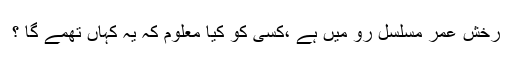
رخش عمر مسلسل رو میں ہے ،کسی کو کیا معلوم کہ یہ کہاں تھمے گا ؟